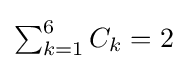
{\textstyle \sum _{k=1}^{6}{C_{k}}=2}